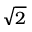
\sqrt 2